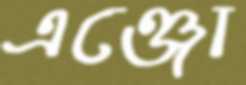
এঞ্জো